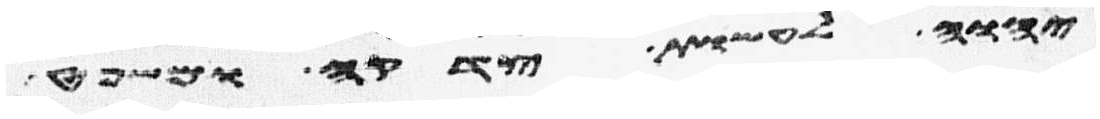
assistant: יהוה לעשות צדקה ומשפט